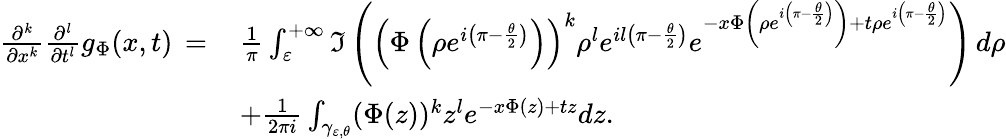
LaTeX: \begin{array}{rl}{\frac{\partial^{k}}{\partial x^{k}}\frac{\partial^{l}}{\partial t^{l}}g_{\Phi}(x,t)\, =\, }&{\frac{1}{\pi}\int_{\varepsilon}^{+\infty}\Im\left(\left(\Phi\left(\rho e^{i\left(\pi-\frac{\theta}{2}\right)}\right)\right)^{k}\rho^{l}e^{il\left(\pi-\frac{\theta}{2}\right)}e^{-x\Phi\left(\rho e^{i\left(\pi-\frac{\theta}{2}\right)}\right)+t\rho e^{i\left(\pi-\frac{\theta}{2}\right)}}\right)\, d\rho}\\ &{+\frac{1}{2\pi i}\int_{\gamma_{\varepsilon,\theta}}(\Phi(z))^{k}z^{l}e^{-x\Phi(z)+tz}dz.}\end{array}